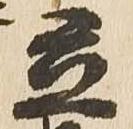
立